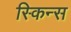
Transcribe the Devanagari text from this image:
स्किन्स